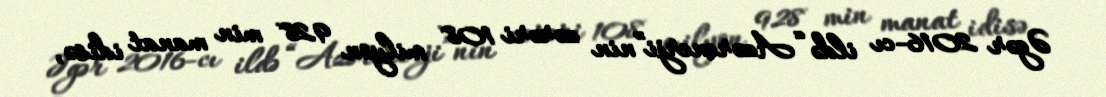
Əgər 2016-cı ildə “Azərenerji”nin zərəri 108 milyon 928 min manat idisə,